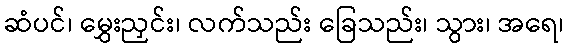
ဆံပင်၊ မွှေးညှင်း၊ လက်သည်း ခြေသည်း၊ သွား၊ အရေ၊